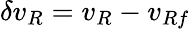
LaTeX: \delta{v_{R}}=v_{R}-v_{Rf}